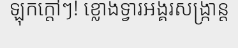
ឡុកក្តៅៗ! ខ្លោងទ្វារអង្គរសង្ក្រាន្ត